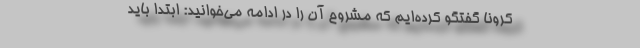
کرونا گفتگو کرده‌ایم که مشروح آن را در ادامه می‌خوانید: ابتدا باید